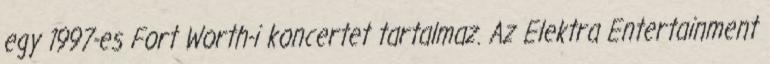
egy 1997-es Fort Worth-i koncertet tartalmaz. Az Elektra Entertainment